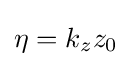
\eta =k_{z}z_{0}